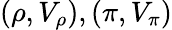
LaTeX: (\rho,V_{\rho}),(\pi,V_{\pi})